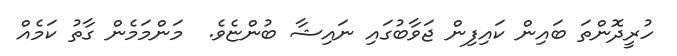
ހުރީދޮންތަ ބައިން ކައިފިން ޖަވާބުގައި ނައިޝާ ބުންޏެވެ.  މަންމަމެން ގާތު ކަމެއް